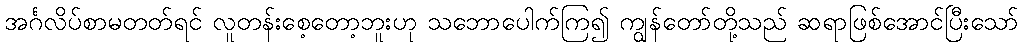
အင်္ဂလိပ်စာမတတ်ရင် လူတန်းစေ့တော့ဘူးဟု သဘောပေါက်ကြ၍ ကျွန်တော်တို့သည် ဆရာဖြစ်အောင်ပြီးသော်